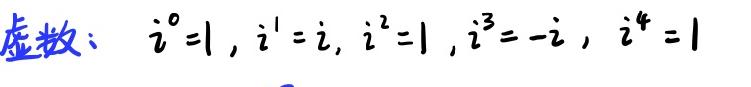
虚数:  $i^0 = 1, i^1 = i, i^2=-1, i^3=-i, i^4 = 1$